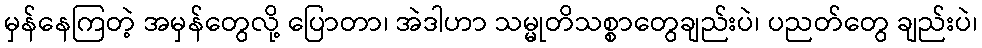
မှန်နေကြတဲ့ အမှန်တွေလို့ ပြောတာ၊ အဲဒါဟာ သမ္မုတိသစ္စာတွေချည်းပဲ၊ ပညတ်တွေ ချည်းပဲ၊